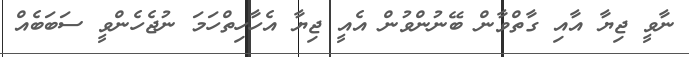
ނާވީ ޖިޔާ އާއި ގާތްވާން ބޭނުންވުން އެއީ ޖިޔާ އެހާހިތްހަމަ ނުޖެހެންވީ ސަބަބެއް